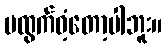
မထွက်ဝံ့တော့ပါဘူး။